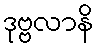
ဒုဗ္ဗလာနိ